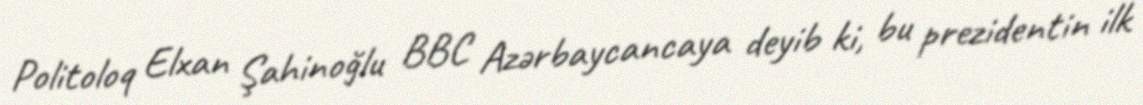
Politoloq Elxan Şahinoğlu BBC Azərbaycancaya deyib ki, bu prezidentin ilk